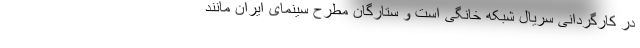
در کارگردانی سریال شبکه خانگی است و ستارگان مطرح سینمای ایران مانند